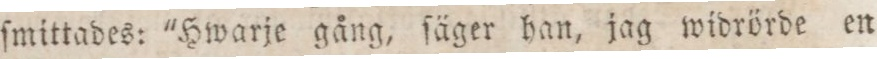
ſmittades: "Hwarje gång, ſäger han, jag widrörde en